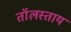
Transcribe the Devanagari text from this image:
तॉलस्ताय